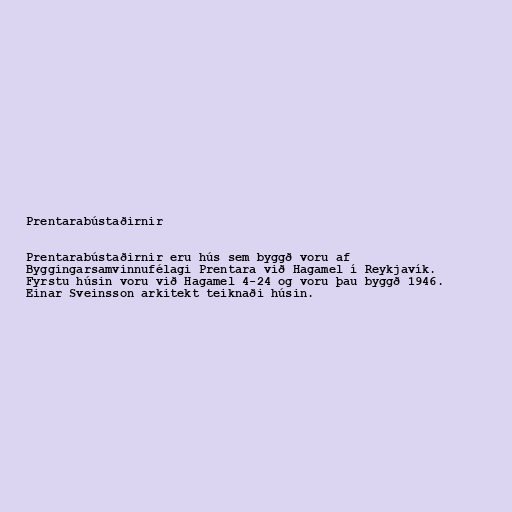
Prentarabústaðirnir

Prentarabústaðirnir eru hús sem byggð voru af
Byggingarsamvinnufélagi Prentara við Hagamel í Reykjavík.
Fyrstu húsin voru við Hagamel 4-24 og voru þau byggð 1946.
Einar Sveinsson arkitekt teiknaði húsin.